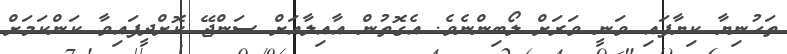
ތަހުނިޔާ ކިޔާފައި ވަނީ ވަރަށް ލޯބިންނެވެ. އެގޮތުން އާއިލާއަށް ސަންޖޭ ކޮށްދީފައިވާ ކަންކަމަށް